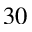
^ { 3 0 }